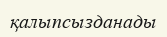
қалыпсызданады